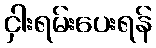
ငှါးရမ်းပေးရန်